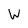
Character: W